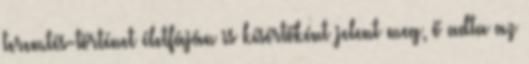
teremtés-történet életfáján is kísértőként jelent meg, ő adta az